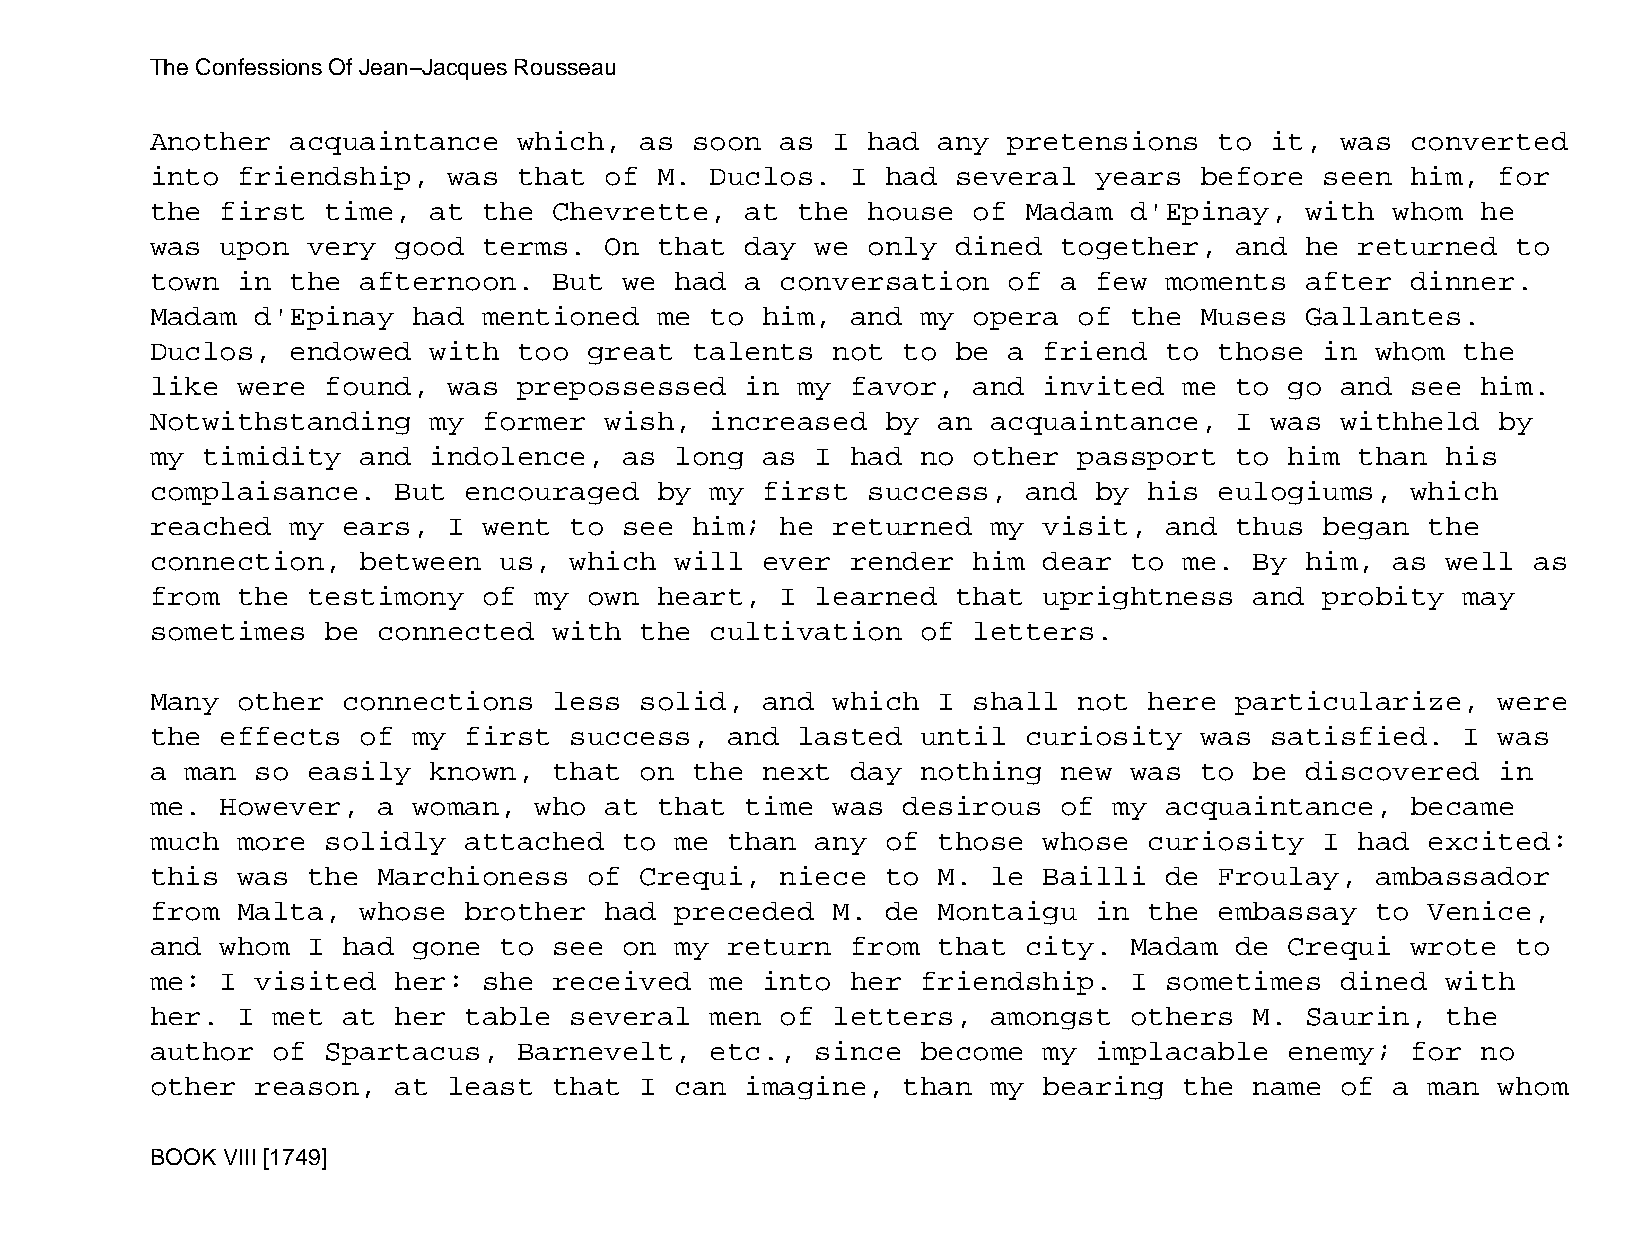
The Confessions Of Jean−Jacques Rousseau
 Another  acquaintance   which,  as  soon  as I had  any  pretensions   to it,  was converted
 into  friendship,   was that  of  M. Duclos.  I  had several  years  before   seen him,  for
 the  first  time, at  the  Chevrette,  at  the house  of  Madam  d'Epinay,  with  whom  he
 was  upon very  good  terms.  On  that day  we only  dined  together,   and he  returned  to
 town  in the  afternoon.   But we  had a  conversation   of a few  moments  after  dinner.
 Madam  d'Epinay  had  mentioned   me to him,  and  my opera  of  the Muses  Gallantes.
 Duclos,  endowed  with  too  great  talents  not  to be  a friend  to  those  in whom  the
 like  were  found,  was prepossessed   in  my favor,  and  invited  me  to go  and see  him.
 Notwithstanding   my  former  wish,  increased   by an  acquaintance,   I was  withheld  by
 my timidity   and indolence,   as  long as  I had  no other  passport   to him  than  his
 complaisance.   But  encouraged   by my first  success,   and by  his  eulogiums,  which
 reached  my  ears,  I went  to see  him;  he returned   my visit,  and  thus  began  the
 connection,   between  us,  which  will ever  render  him  dear  to me.  By him,  as  well as
 from  the testimony   of my  own  heart,  I learned  that  uprightness   and  probity  may
 sometimes   be connected   with the  cultivation   of letters.
 Many  other  connections   less solid,  and  which  I shall  not  here  particularize,   were
 the  effects  of my  first  success,  and  lasted  until  curiosity  was  satisfied.   I was
 a man  so easily  known,   that on  the next  day  nothing  new  was to  be discovered   in
 me.  However,  a woman,  who  at  that time  was  desirous  of  my acquaintance,   became
 much  more  solidly  attached  to  me than  any  of those  whose  curiosity   I had  excited:
 this  was the  Marchioness   of Crequi,   niece  to M.  le Bailli  de  Froulay,  ambassador
 from  Malta,  whose  brother  had  preceded  M.  de Montaigu  in  the  embassay  to  Venice,
 and  whom I  had gone  to  see on  my return  from  that  city.  Madam  de Crequi  wrote  to
 me:  I visited  her:  she  received  me into  her  friendship.   I sometimes   dined  with
 her.  I met  at her  table  several  men  of letters,   amongst  others  M. Saurin,   the
 author  of  Spartacus,  Barnevelt,   etc.,  since  become  my implacable   enemy;  for  no
 other  reason,  at  least  that I  can imagine,   than  my bearing  the  name  of a  man whom
 BOOK VIII [1749]